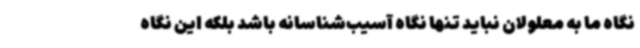
نگاه ما به معلولان نباید تنها نگاه آسیب‌شناسانه باشد بلکه این نگاه